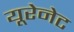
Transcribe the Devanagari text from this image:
यूरेनेट